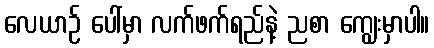
လေယာဉ် ပေါ်မှာ လက်ဖက်ရည်နဲ့ ညစာ ကျွေးမှာပါ။